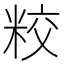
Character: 𥹜